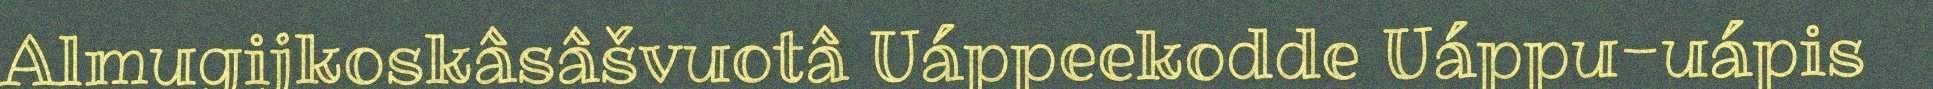
Almugijkoskâsâšvuotâ Uáppeekodde Uáppu-uápis